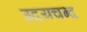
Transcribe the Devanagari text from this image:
उदयचन्द